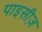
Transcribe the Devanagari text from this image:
पाइसीज़